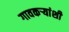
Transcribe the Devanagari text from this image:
गावकऱ्यांशी